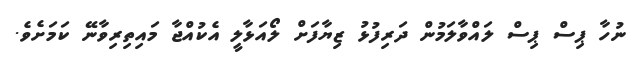
ނުހާ ޕިސް ޕިސް ލައްވާލަމުން ދަރިފުޅު ޒިޔާފަށް ލޯއަޅާލީ އެކުއްޖާ މައިތިރިވާނޭ ކަމަށެވެ.